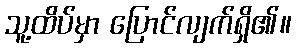
သူ့ထိပ်မှာ ပြောင်လျက်ရှိ၏။